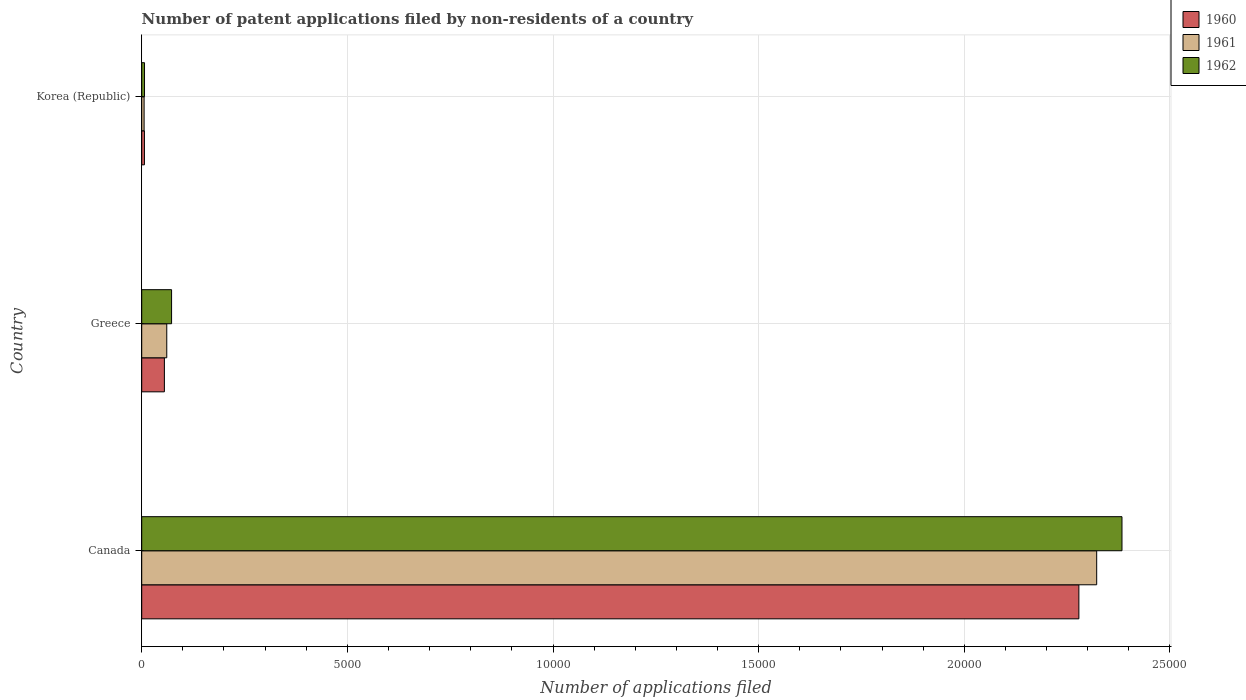
| Country | 1960 | 1961 | 1962 |
 | --- | --- | --- | --- |
 | Canada | 2.28e+04 | 2.32e+04 | 2.38e+04 |
 | Greece | 551 | 609 | 726 |
 | Korea (Republic) | 66 | 58 | 68 |